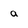
Character: a